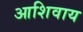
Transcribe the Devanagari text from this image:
आशिवाय